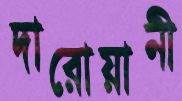
দারোয়ানী